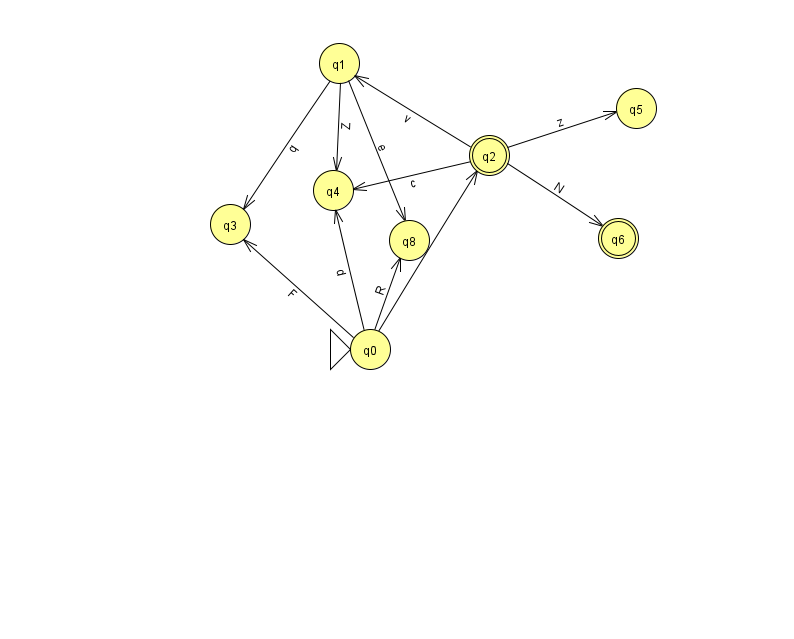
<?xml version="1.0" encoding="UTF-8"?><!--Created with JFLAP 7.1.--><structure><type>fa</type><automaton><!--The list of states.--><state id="0" name="q0"><x>370.0</x><y>336.0</y><initial/></state><state id="1" name="q1"><x>339.0</x><y>50.0</y></state><state id="2" name="q2"><x>489.0</x><y>142.0</y><final/></state><state id="3" name="q3"><x>230.0</x><y>211.0</y></state><state id="4" name="q4"><x>333.0</x><y>177.0</y></state><state id="5" name="q5"><x>636.0</x><y>95.0</y></state><state id="6" name="q6"><x>618.0</x><y>225.0</y><final/></state><state id="8" name="q8"><x>409.0</x><y>227.0</y></state><!--The list of transitions.--><transition><from>0</from><to>8</to><read>R</read></transition><transition><from>0</from><to>3</to><read>F</read></transition><transition><from>1</from><to>8</to><read>e</read></transition><transition><from>2</from><to>4</to><read>c</read></transition><transition><from>2</from><to>1</to><read>v</read></transition><transition><from>2</from><to>5</to><read>z</read></transition><transition><from>1</from><to>4</to><read>Z</read></transition><transition><from>0</from><to>2</to><read>m</read></transition><transition><from>0</from><to>4</to><read>d</read></transition><transition><from>2</from><to>6</to><read>N</read></transition><transition><from>1</from><to>3</to><read>q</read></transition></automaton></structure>